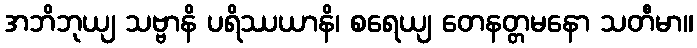
အဘိဘုယျ သဗ္ဗာနိ ပရိဿယာနိ၊ စရေယျ တေနတ္တမနော သတီမာ။